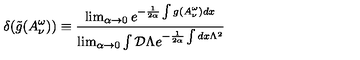
\delta ( \tilde { g } ( A _ { \nu } ^ { \omega } ) ) \equiv \frac { \lim _ { \alpha \rightarrow 0 } e ^ { - \frac { 1 } { 2 \alpha } \int g ( A _ { \nu } ^ { \omega } ) d x } } { \lim _ { \alpha \rightarrow 0 } \int { \cal D } \Lambda e ^ { - \frac { 1 } { 2 \alpha } \int d x \Lambda ^ { 2 } } }